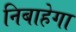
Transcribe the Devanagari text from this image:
निबाहेगा